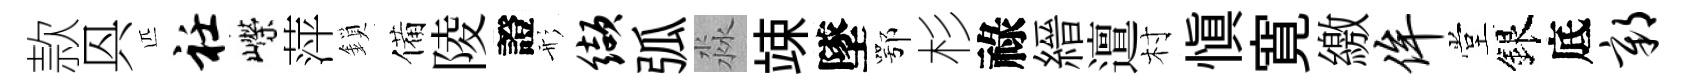
款㒷匹衽嶸萍鎖備陵證形缬弧淼竦墜鄂杉祿縉邅村愼寛繳侔堂銀底鄣